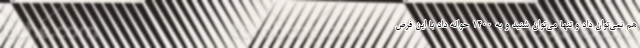
هم نمی‌توان داد و تنها می‌توان شنید و به 1400 حواله داد با این فرض